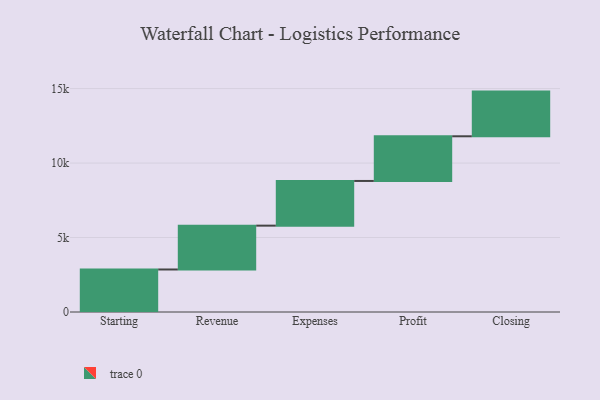
{"axis": {"x": "Step", "y": "Value"}, "legend": [""], "data": [{"x": "Starting", "y": 2854.0, "type": ""}, {"x": "Revenue", "y": 2944.0, "type": ""}, {"x": "Expenses", "y": 3000, "type": ""}, {"x": "Profit", "y": 3000, "type": ""}, {"x": "Closing", "y": 3000, "type": ""}]}